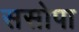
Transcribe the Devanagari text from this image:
ससोपा